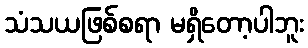
သံသယဖြစ်စရာ မရှိတော့ပါဘူး